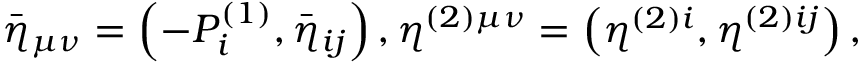
\bar { \eta } _ { \mu \nu } = \left( - { \cal P } _ { i } ^ { ( 1 ) } , \bar { \eta } _ { i j } \right) , \eta ^ { ( 2 ) \mu \nu } = \left( \eta ^ { ( 2 ) i } , \eta ^ { ( 2 ) i j } \right) ,